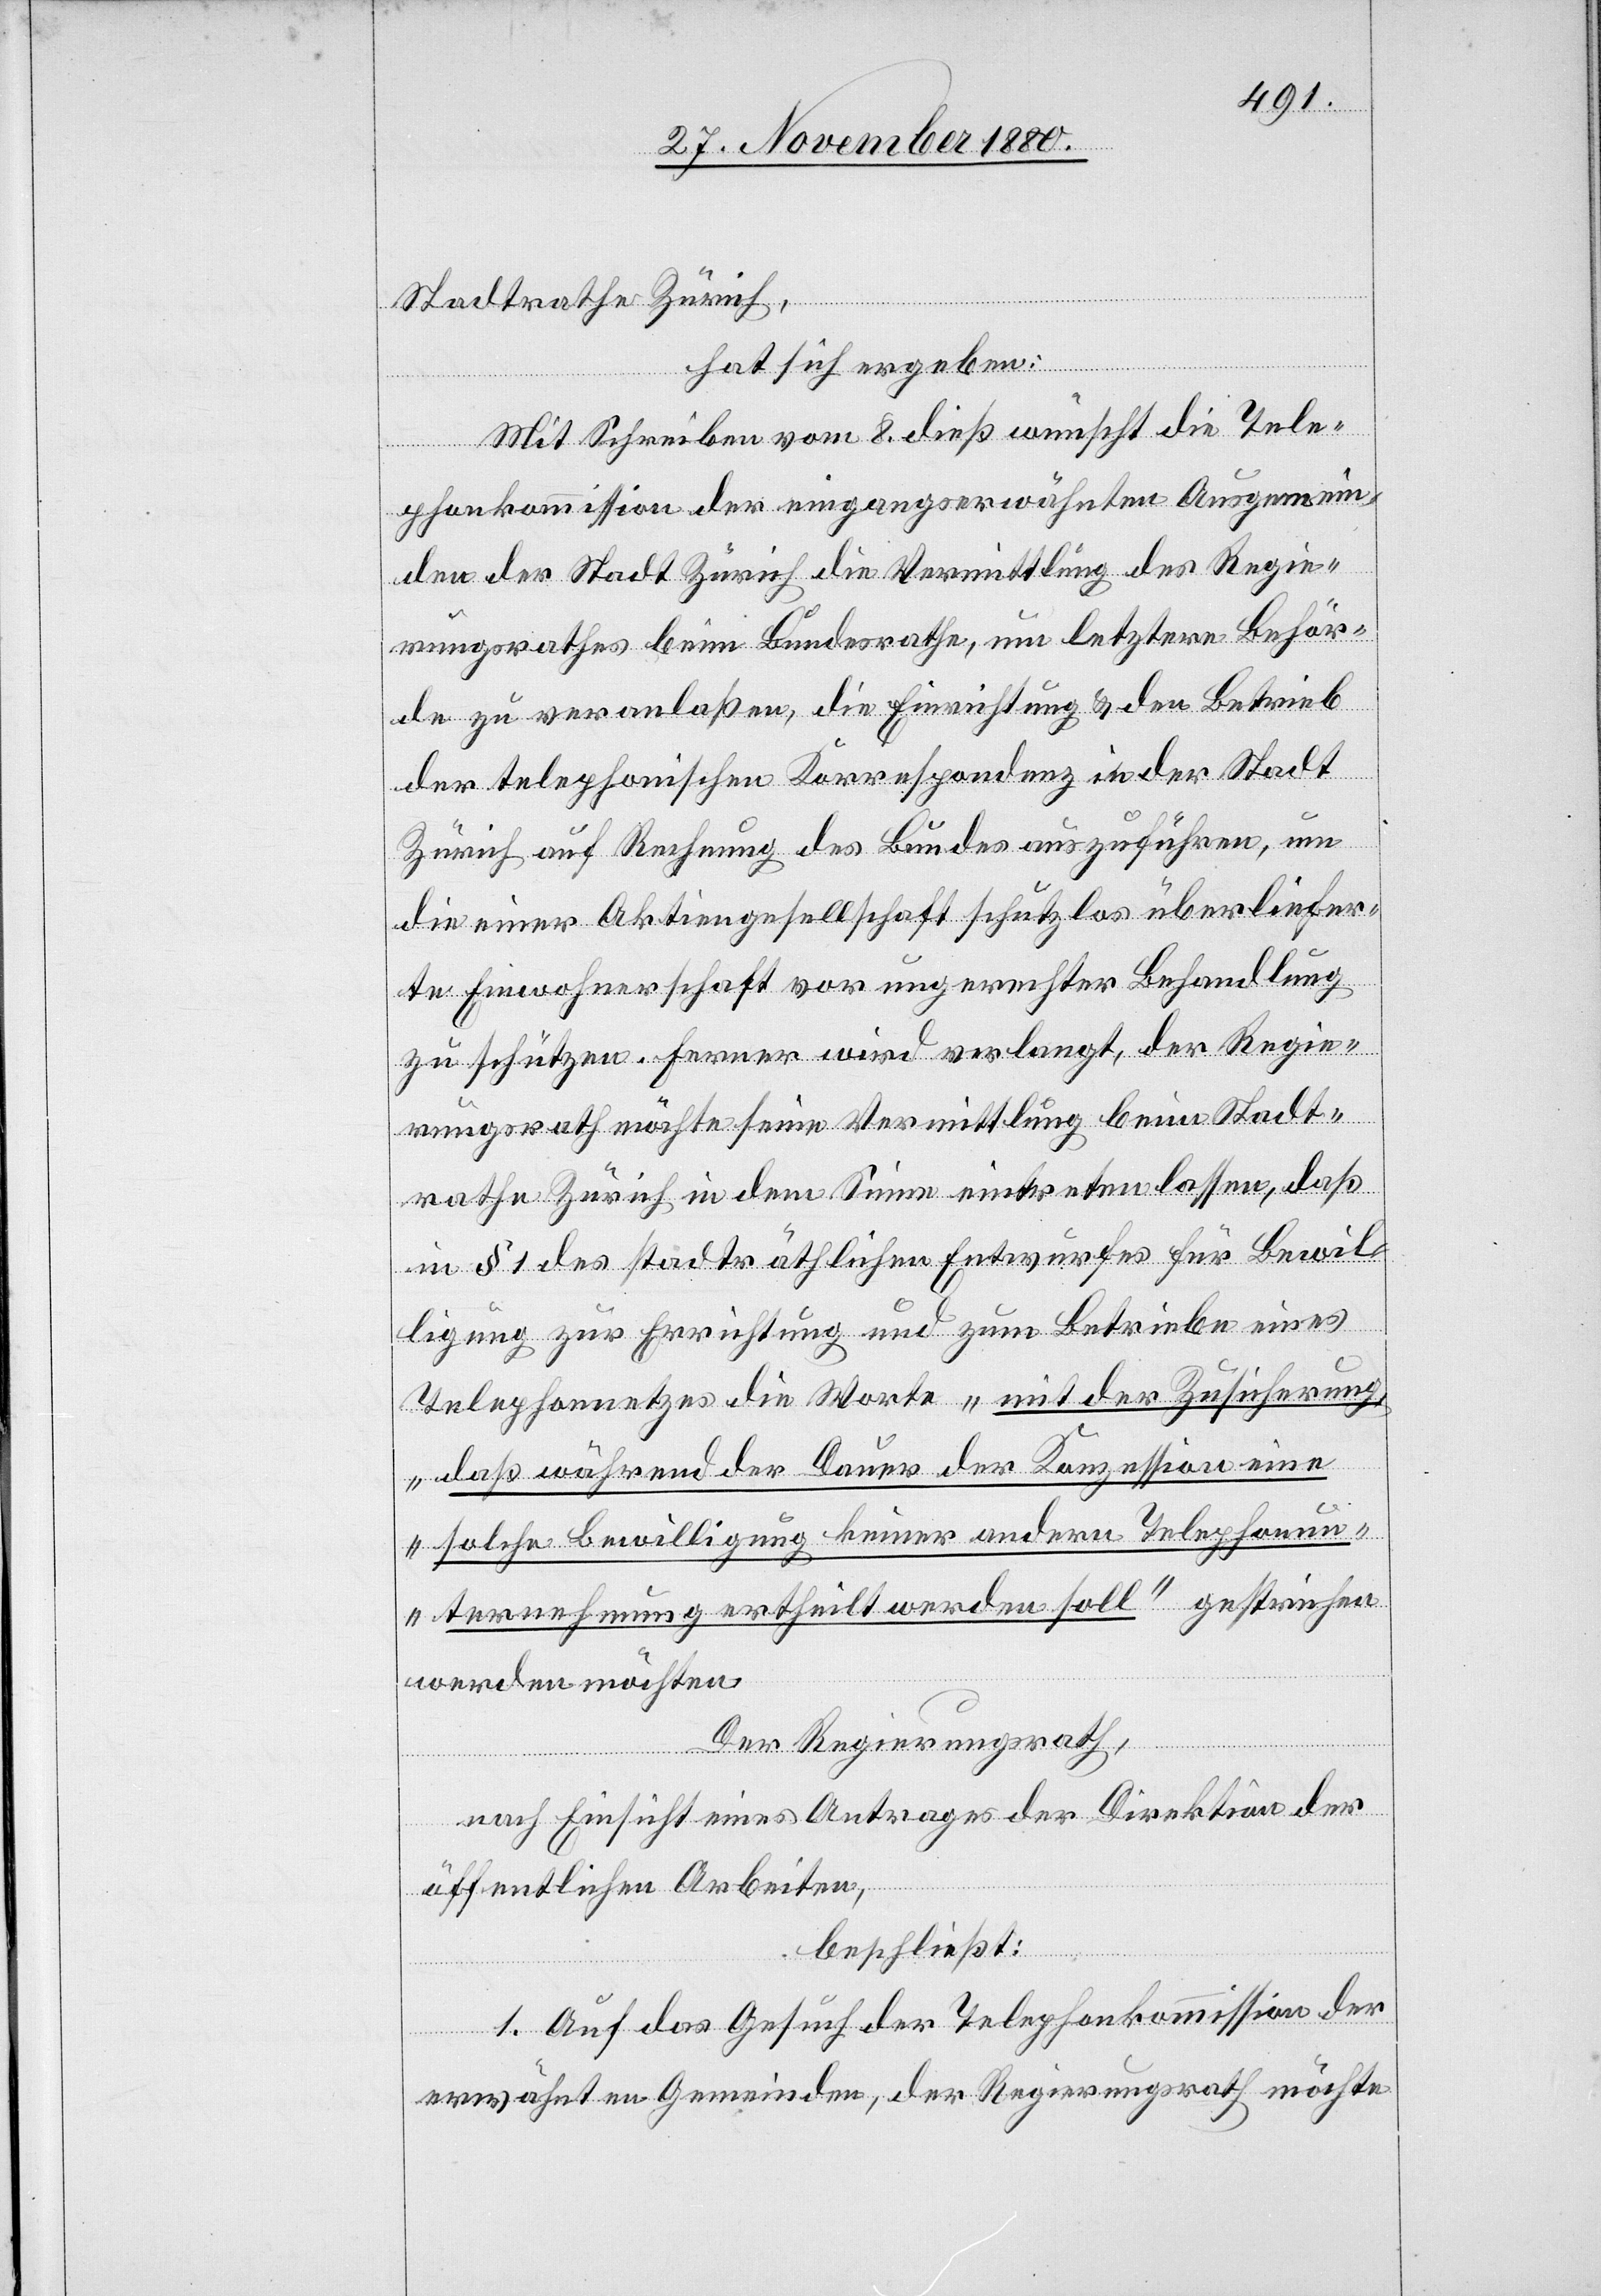
Stadtrathe Zürich,
hat sich ergeben:
Mit Schreiben vom 8. dieß wünscht die Tele¬
phonkommission der eingangserwähnten Ausgemein¬
den der Stadt Zürich die Vermittlung des Regie¬
rungsrathes beim Bundesrathe, um letztere Behör¬
de zu veranlaßen, die Einrichtung & den Betrieb
der telephonischen Korrespondenz in der Stadt
Zürich auf Rechnung des Bundes auszuführen, um
die einer Aktiengesellschaft schutzlos überliefer¬
te Einwohnerschaft vor ungerechter Behandlung
zu schützen. Ferner wird verlangt, der Regie¬
rungsrath möchte seine Vermittlung beim Stadt¬
rathe Zürich in dem Sinne eintreten lassen, daß
in § 1 des stadträthlichen Entwurfes für Bewil¬
ligung zur Errichtung und zum Betriebe eines
Telephonnetzes die Worte „mit der Zusicherung,
daß während der Dauer der Konzession eine
solche Bewilligung keiner andern Telephonun¬
ternehmung ertheilt werden soll“ gestrichen
werden möchten.
Der Regierungsrath,
nach Einsicht eines Antrages der Direktion der
öffentlichen Arbeiten,
beschließt:
1. Auf das Gesuch der Telephonkommission der
erwähnten Gemeinden, der Regierungsrath möchte